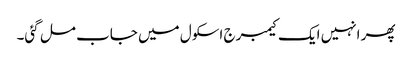
پھر انہیں ایک کیمبرج اسکول میں جاب مل گئی۔